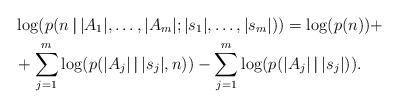
LaTeX: \begin{align*}& \log ( p (n \, \boldsymbol{|} \, | A_1 |, \dots , | A_m| ; |s_1|, \dots, |s_m| ) ) = \log ( p ( n ) ) + \\& + \sum_{j=1}^m \log (p ( | A_j | \, \boldsymbol{|} \, | s_j | , n ) ) - \sum_{j=1}^m \log ( p ( | A_j | \, \boldsymbol{|} \, | s_j | ) ) .\end{align*}